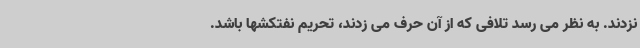
نزدند. به نظر می رسد تلافی که از آن حرف می زدند، تحریم نفتکشها باشد.